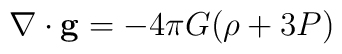
\nabla \cdot {\bf g} = - 4\pi G (\rho + 3P)